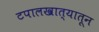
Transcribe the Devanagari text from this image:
टपालखात्यातून